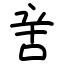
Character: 㖖